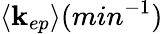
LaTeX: \langle\mathbf{k}_{ep}\rangle(min^{-1})